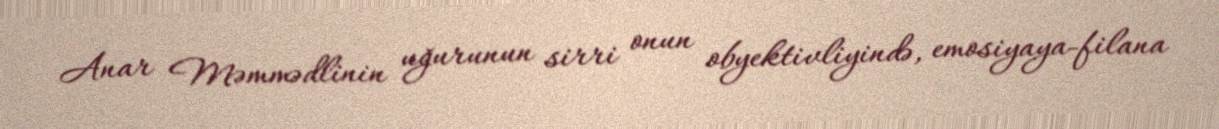
Anar Məmmədlinin uğurunun sirri onun obyektivliyində, emosiyaya-filana